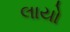
લાયો